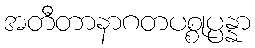
အတီတာနာဂတပစ္စုပ္ပန္နာ